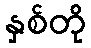
နှစ်တို